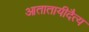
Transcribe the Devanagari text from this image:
आतातायीदैत्य